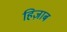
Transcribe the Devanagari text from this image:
हिज़ाब